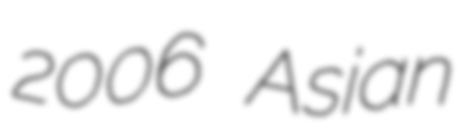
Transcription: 2006 Asian